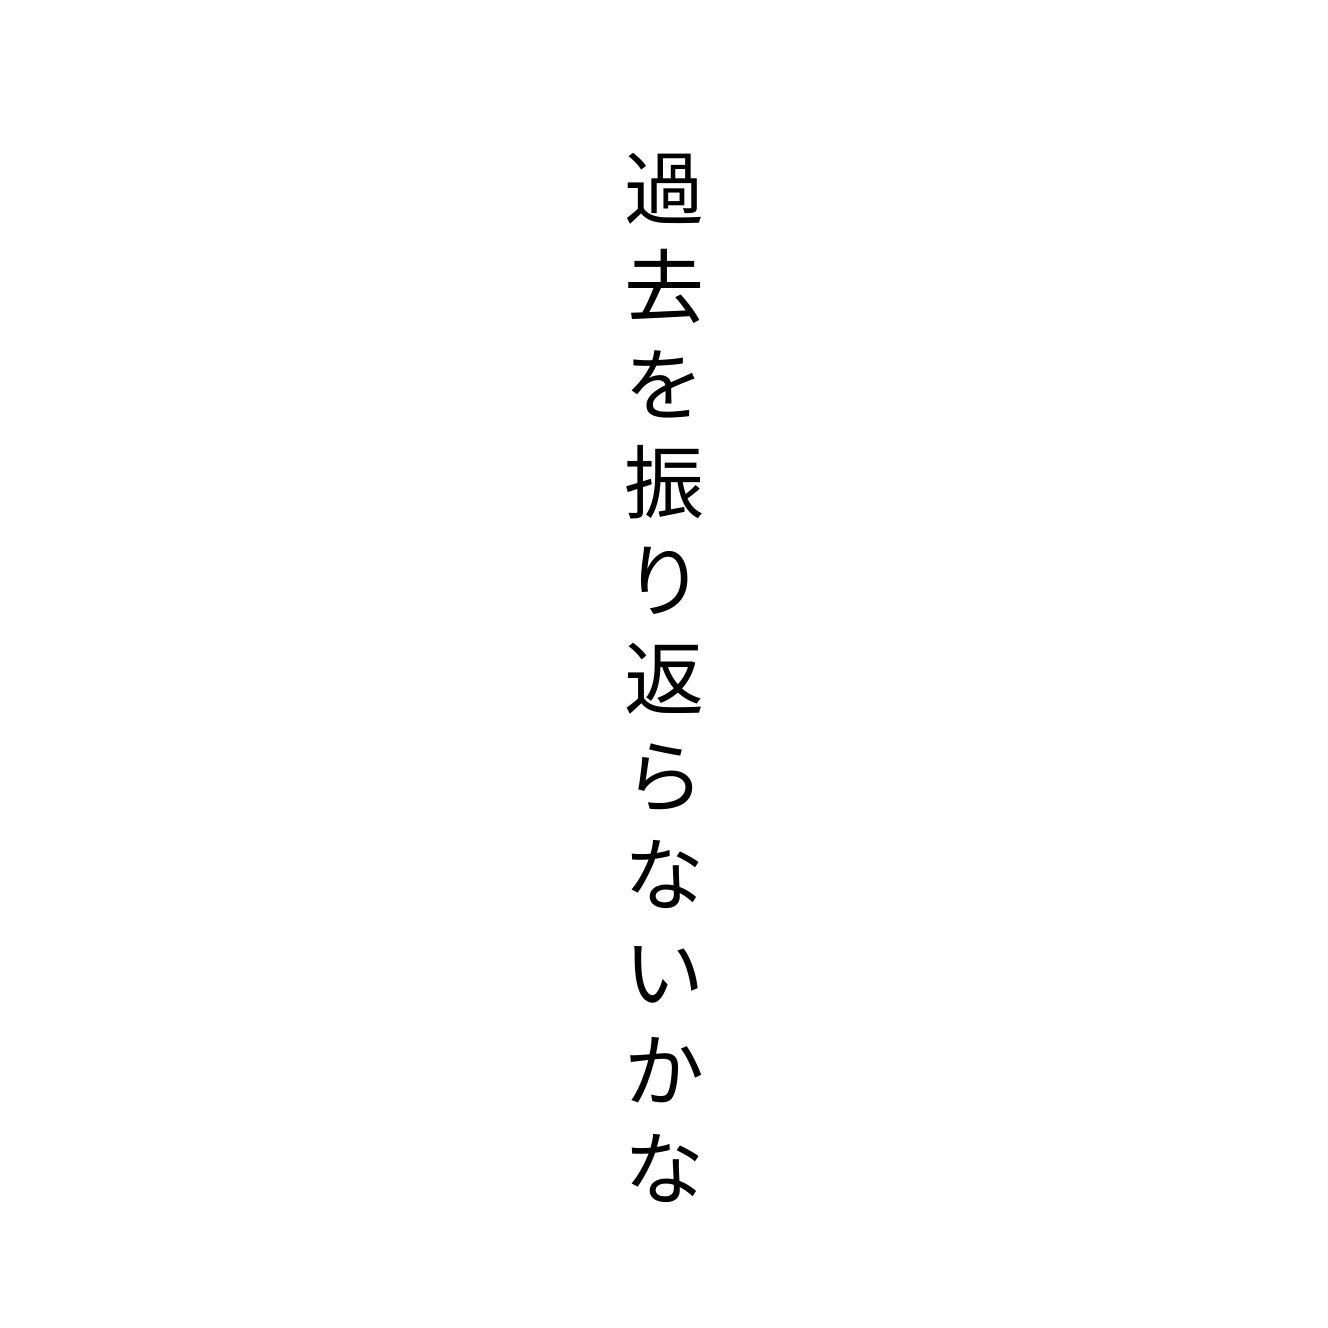
過去を振り返らないかな